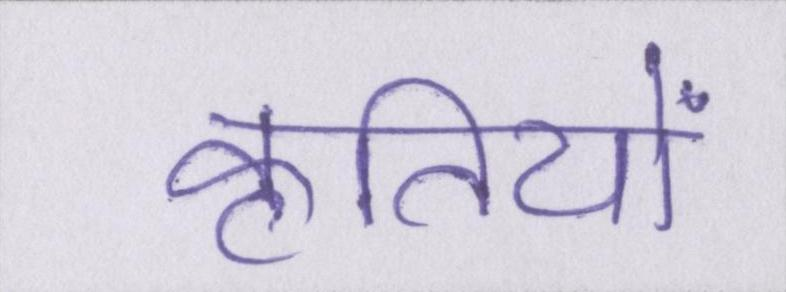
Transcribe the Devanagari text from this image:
कृतियों